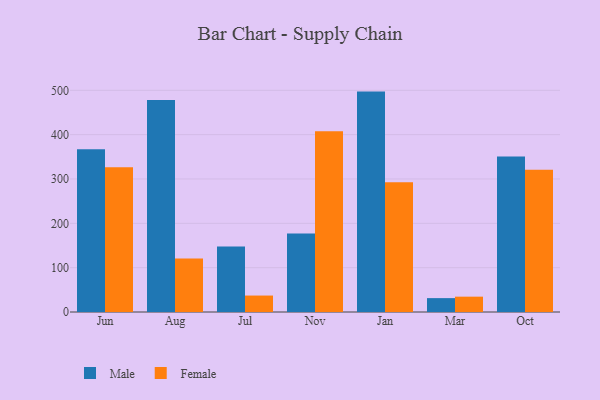
{"axis": {"x": "Month", "y": "Backlog"}, "legend": ["Female", "Male"], "data": [{"x": "Jun", "y": 367.1, "type": "Male"}, {"x": "Jun", "y": 326.4, "type": "Female"}, {"x": "Aug", "y": 477.9, "type": "Male"}, {"x": "Aug", "y": 120.4, "type": "Female"}, {"x": "Jul", "y": 148.0, "type": "Male"}, {"x": "Jul", "y": 37.1, "type": "Female"}, {"x": "Nov", "y": 177.3, "type": "Male"}, {"x": "Nov", "y": 407.5, "type": "Female"}, {"x": "Jan", "y": 497.1, "type": "Male"}, {"x": "Jan", "y": 292.6, "type": "Female"}, {"x": "Mar", "y": 31.3, "type": "Male"}, {"x": "Mar", "y": 34.6, "type": "Female"}, {"x": "Oct", "y": 350.8, "type": "Male"}, {"x": "Oct", "y": 321.1, "type": "Female"}]}